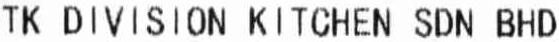
TK DIVISION KITCHEN SDN BHD